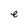
Character: e